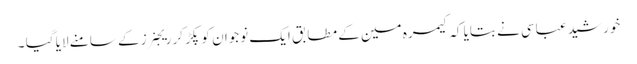
خورشید عباسی نے بتایا کہ کیمرہ مین کے مطابق ایک نوجوان کو پکڑ کر ریجنرز کے سامنے لایا گیا ۔